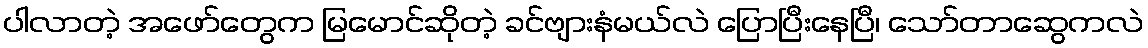
ပါလာတဲ့ အဖော်တွေက မြမောင်ဆိုတဲ့ ခင်ဗျားနံမယ်လဲ ပြောပြီးနေပြီ၊ သော်တာဆွေကလဲ